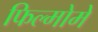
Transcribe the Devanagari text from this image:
फिल्मोमे